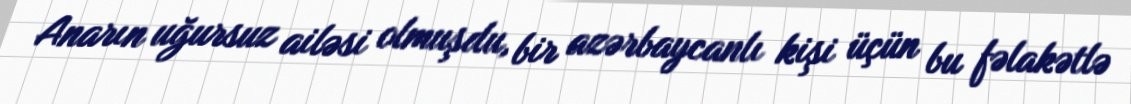
Anarın uğursuz ailəsi olmuşdu, bir azərbaycanlı kişi üçün bu fəlakətlə